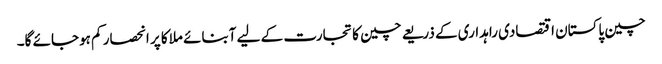
چین پاکستان اقتصادی راہداری کے ذریعے چین کا تجارت کے لیے آبنائے ملاکا پر انحصار کم ہوجائے گا۔